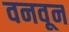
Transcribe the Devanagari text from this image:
वनवून